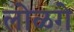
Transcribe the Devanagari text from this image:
लोळगे